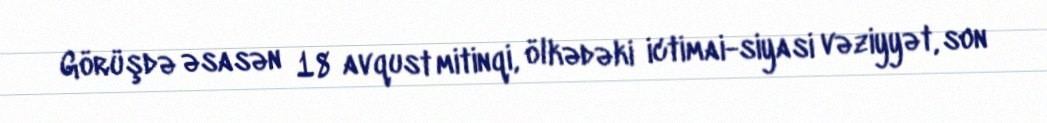
Görüşdə əsasən 18 avqust mitinqi, ölkədəki ictimai-siyasi vəziyyət, son